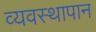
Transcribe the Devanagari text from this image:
व्यवस्थापान